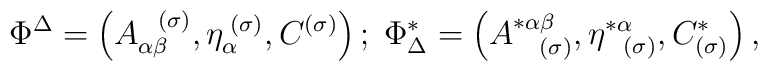
\Phi ^{\Delta }=\left( A_{\alpha \beta }^{\;\;\;(\sigma )},\eta _{\alpha}^{\;(\sigma )},C^{(\sigma )}\right) ;\;\Phi _{\Delta }^{*}=\left(A_{\;\;\;\;(\sigma )}^{*\alpha \beta },\eta _{\;\;\;(\sigma )}^{*\alpha},C_{(\sigma )}^{*}\right) ,